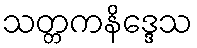
သတ္တကနိဒ္ဒေသ